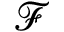
\mathcal { F }